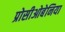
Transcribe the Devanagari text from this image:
प्रोसीओबेनिया